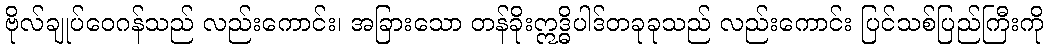
ဗိုလ်ချုပ်ဝေဂန်သည် လည်းကောင်း၊ အခြားသော တန်ခိုးဣဒ္ဓိပါဒ်တခုခုသည် လည်းကောင်း ပြင်သစ်ပြည်ကြီးကို